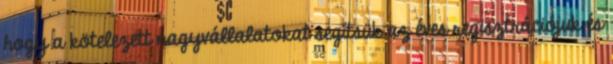
hogy a kötelezett nagyvállalatokat segítsük az éves regisztrációjuk és